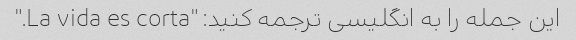
این جمله را به انگلیسی ترجمه کنید: "La vida es corta."